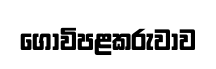
ගොවිපළකරුවාව